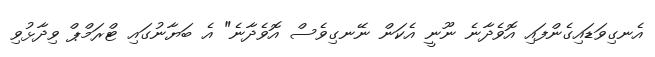
އެނގިވަޑައިގެންފައި އޮވެދާނެ ނޫނީ އެކަން ނޭނގިވެސް އޮވެދާނެ" އެ ބަޔާނުގައި ޓްރަމްޕް ވިދާޅުވި